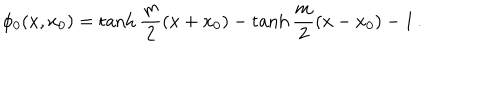
LaTeX: \phi _ { 0 } ( x , x _ { 0 } ) = \tanh \frac { m } { 2 } ( x + x _ { 0 } ) - \tanh \frac { m } { 2 } ( x - x _ { 0 } ) - 1 \, .